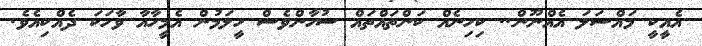
އެއީކީ މައްސަލަ އެއްނޫން.. ކިހިނެއް ކަންތައްތައް ސުހާންވެސް ހީލަމުން އެމީހާއާ ވާހަކަ ދެއްކިއެވެ.